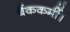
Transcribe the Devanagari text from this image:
बैंककर्मी।